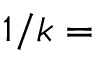
1 / k =